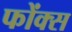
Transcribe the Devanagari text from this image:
फोंक्स